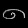
Digit: ၈